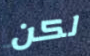
لكن